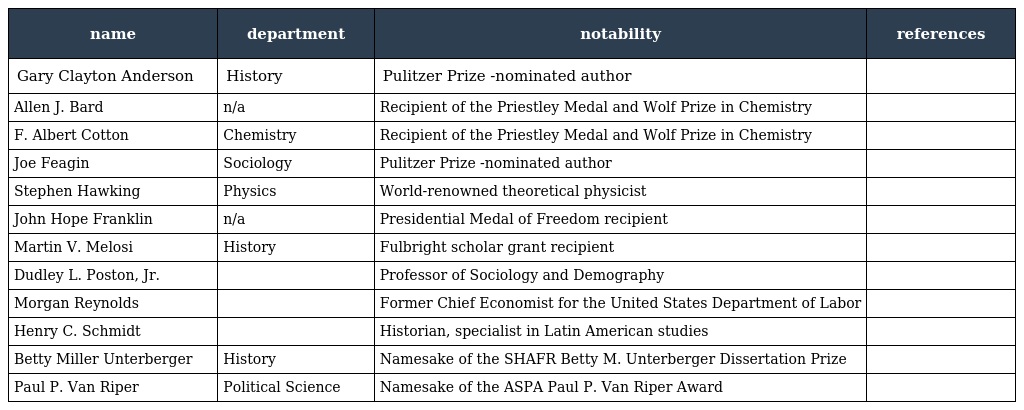
| name | department | notability | references |
 | --- | --- | --- | --- |
 | Gary Clayton Anderson | History | Pulitzer Prize -nominated author |  |
 | Allen J. Bard | n/a | Recipient of the Priestley Medal and Wolf Prize in Chemistry |  |
 | F. Albert Cotton | Chemistry | Recipient of the Priestley Medal and Wolf Prize in Chemistry |  |
 | Joe Feagin | Sociology | Pulitzer Prize -nominated author |  |
 | Stephen Hawking | Physics | World-renowned theoretical physicist |  |
 | John Hope Franklin | n/a | Presidential Medal of Freedom recipient |  |
 | Martin V. Melosi | History | Fulbright scholar grant recipient |  |
 | Dudley L. Poston, Jr. |  | Professor of Sociology and Demography |  |
 | Morgan Reynolds |  | Former Chief Economist for the United States Department of Labor |  |
 | Henry C. Schmidt |  | Historian, specialist in Latin American studies |  |
 | Betty Miller Unterberger | History | Namesake of the SHAFR Betty M. Unterberger Dissertation Prize |  |
 | Paul P. Van Riper | Political Science | Namesake of the ASPA Paul P. Van Riper Award |  |